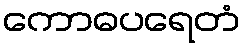
ကောဓပရေတံ